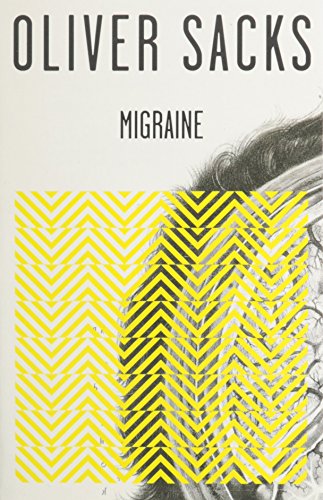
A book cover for Migraine; Oliver Sacks; Medical Books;